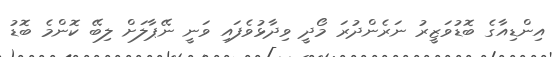
އިންޑިއާގެ ބޮޑުވަޒީރު ނަރެންދުރަ މޯދީ ވިދާޅުވެފައި ވަނީ ނޭޕާލަށް ލިބޭ ކޮންމެ ބޮޑު